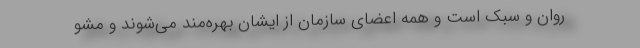
روان و سبک است و همه اعضای سازمان از ایشان بهره‌مند می‌شوند و مشو